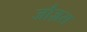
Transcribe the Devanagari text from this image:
जौज़रा